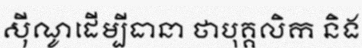
ស៊ីណូដើម្បីធានា ថាបុគ្គលិក និង